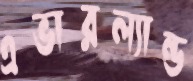
এভারল্যান্ড